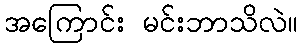
အကြောင်း မင်းဘာသိလဲ။